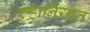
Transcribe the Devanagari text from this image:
रुहानियात